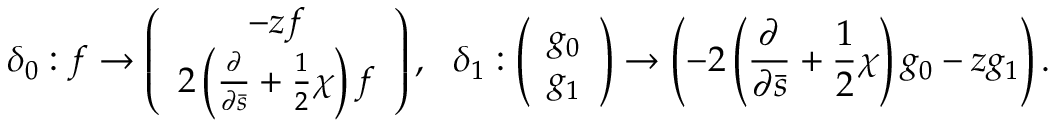
\delta _ { 0 } : f \rightarrow \left( \begin{array} { c } { { - z f } } \\ { { 2 \left( \frac { \partial } { \partial \bar { s } } + \frac { 1 } { 2 } \chi \right) f } } \end{array} \right) , \ \ \delta _ { 1 } : \left( \begin{array} { c } { { g _ { 0 } } } \\ { { g _ { 1 } } } \end{array} \right) \rightarrow \left( - 2 \left( \frac { \partial } { \partial \bar { s } } + \frac { 1 } { 2 } \chi \right) g _ { 0 } - z g _ { 1 } \right) .